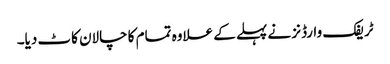
ٹریفک وارڈنز نے پہلے کے علاوہ تمام کا چالان کاٹ دیا۔